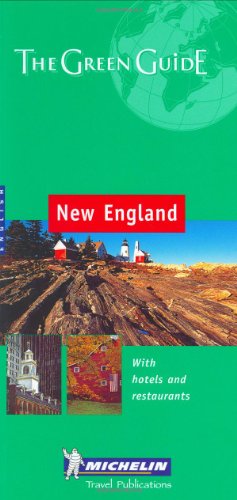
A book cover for Michelin the Green Guide New England (Michelin Green Guides); Travel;